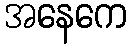
အနေကေ